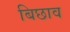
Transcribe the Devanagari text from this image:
बिछाव